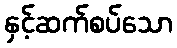
နှင့်ဆက်စပ်သော